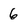
Character: 6